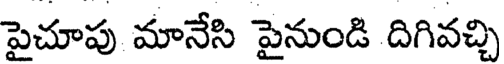
పైచూపు మానేసి పైనుండి దిగివచ్చి